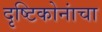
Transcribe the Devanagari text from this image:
दृष्टिकोनांचा